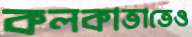
কলকাতাতেও